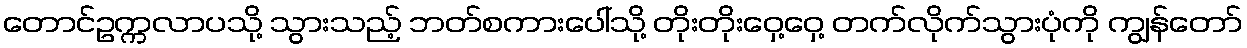
တောင်ဥက္ကလာပသို့ သွားသည့် ဘတ်စကားပေါ်သို့ တိုးတိုးဝှေ့ဝှေ့ တက်လိုက်သွားပုံကို ကျွန်တော်